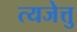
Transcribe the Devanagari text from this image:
त्यजेत्तु